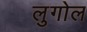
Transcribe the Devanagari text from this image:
लुगोल